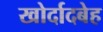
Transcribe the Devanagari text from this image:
खोर्दादबेह